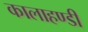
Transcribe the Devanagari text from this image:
कालाहण्डी